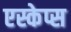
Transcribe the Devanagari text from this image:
एस्केप्स